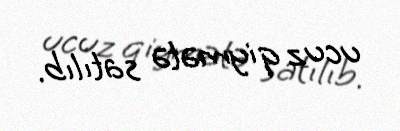
ucuz qiymətə satılıb.